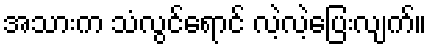
အသားက သံလွင်ရောင် လဲ့လဲ့ပြေးလျက်။